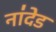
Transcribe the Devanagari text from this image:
ना॑देड